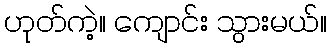
ဟုတ်ကဲ့။ ကျောင်း သွားမယ်။